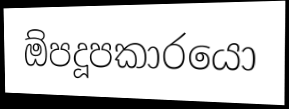
ඕපදූපකාරයො